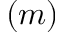
( m )